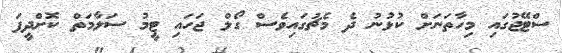
ސްޓޭޖުގައި މިހާތަނަށް ކުޅުނު ދެ މެޗުގައިވެސް ގޯލް ޖަހައި ޓީމު ސަލާމަތް ކޮށްދީފަ